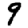
Digit: 9